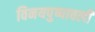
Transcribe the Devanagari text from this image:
विनयपुष्पावली